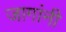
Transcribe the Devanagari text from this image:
जागांनी